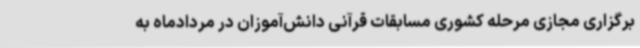
برگزاری مجازی مرحله کشوری مسابقات قرآنی دانش‌آموزان در مردادماه به